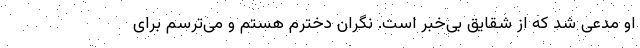
او مدعی شد که از شقایق بی‌خبر است. نگران دخترم هستم و می‌ترسم برای